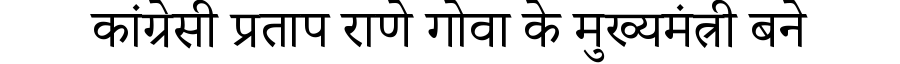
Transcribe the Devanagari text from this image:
कांग्रेसी प्रताप राणे गोवा के मुख्यमंत्री बने